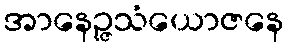
အာနေဉ္ဇသံယောဇနေ